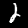
Digit: 2